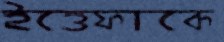
ইত্তেফাকে